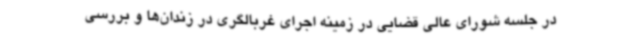
در جلسه شورای عالی قضایی در زمینه اجرای غربالگری در زندان‌ها و بررسی